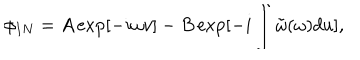
LaTeX: \phi _ { I N } = A \exp [ - i \omega v ] - B \exp [ - i \int \tilde { \omega } ( \omega ) d u ] ,